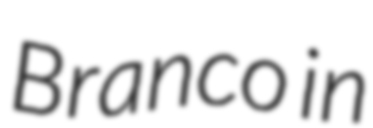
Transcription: Branco in